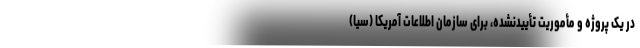
در یک پروژه و مأموریت تأییدنشده، برای سازمان اطلاعات آمریکا (سیا)